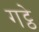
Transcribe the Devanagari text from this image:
गट्ठे